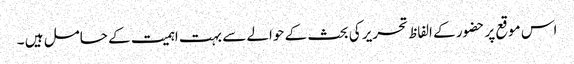
اس موقع پر حضور کے الفاظ تحریر کی بحث کے حوالے سے بہت اہمیت کے حامل ہیں ۔